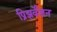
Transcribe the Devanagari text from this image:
प्रिझर्वेशन